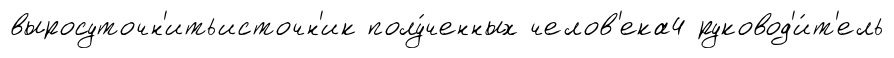
выросуточн'итьисточн'ик полу́ченных челов'ека4 руковод'и́т'ель